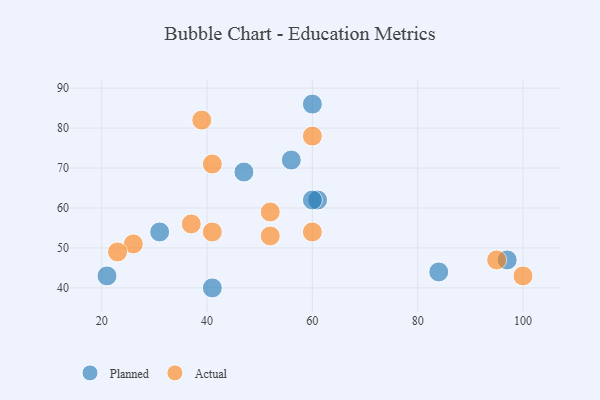
{"axis": {"x": "GDP", "y": "Life Expectancy"}, "legend": ["Actual", "Planned"], "data": [{"x": "61", "y": 62, "type": "Planned"}, {"x": "56", "y": 72, "type": "Planned"}, {"x": "31", "y": 54, "type": "Planned"}, {"x": "60", "y": 62, "type": "Planned"}, {"x": "97", "y": 47, "type": "Planned"}, {"x": "21", "y": 43, "type": "Planned"}, {"x": "84", "y": 44, "type": "Planned"}, {"x": "47", "y": 69, "type": "Planned"}, {"x": "60", "y": 86, "type": "Planned"}, {"x": "41", "y": 40, "type": "Planned"}, {"x": "100", "y": 43, "type": "Actual"}, {"x": "52", "y": 59, "type": "Actual"}, {"x": "26", "y": 51, "type": "Actual"}, {"x": "37", "y": 56, "type": "Actual"}, {"x": "39", "y": 82, "type": "Actual"}, {"x": "95", "y": 47, "type": "Actual"}, {"x": "60", "y": 54, "type": "Actual"}, {"x": "41", "y": 71, "type": "Actual"}, {"x": "41", "y": 54, "type": "Actual"}, {"x": "23", "y": 49, "type": "Actual"}, {"x": "60", "y": 78, "type": "Actual"}, {"x": "52", "y": 53, "type": "Actual"}]}